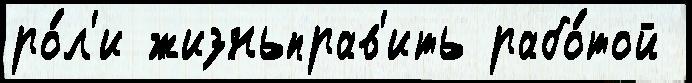
ро́л'и жизньправ'ить рабо́той